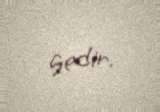
gedir.